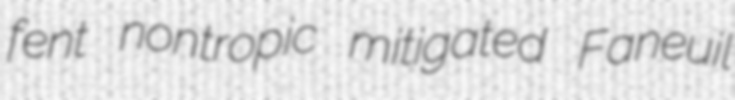
fent nontropic mitigated Faneuil